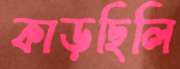
কাড়ছিলি